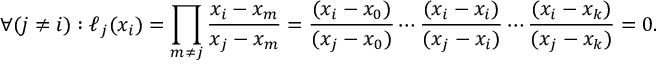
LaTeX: \forall ( { j \neq i } ) : \ell _ { j } ( x _ { i } ) = \prod _ { m \neq j } { \frac { x _ { i } - x _ { m } } { x _ { j } - x _ { m } } } = { \frac { ( x _ { i } - x _ { 0 } ) } { ( x _ { j } - x _ { 0 } ) } } \cdots { \frac { ( x _ { i } - x _ { i } ) } { ( x _ { j } - x _ { i } ) } } \cdots { \frac { ( x _ { i } - x _ { k } ) } { ( x _ { j } - x _ { k } ) } } = 0 .